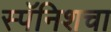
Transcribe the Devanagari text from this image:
स्पॅनिशचा